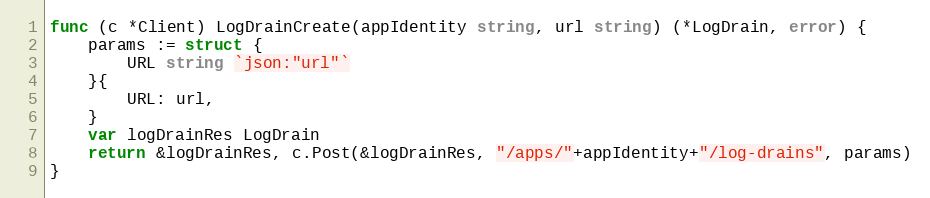
Language: Go
func (c *Client) LogDrainCreate(appIdentity string, url string) (*LogDrain, error) {
	params := struct {
		URL string `json:"url"`
	}{
		URL: url,
	}
	var logDrainRes LogDrain
	return &logDrainRes, c.Post(&logDrainRes, "/apps/"+appIdentity+"/log-drains", params)
}